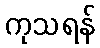
ကုသရန်